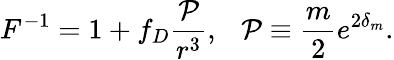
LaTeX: F^{-1}=1+f_{D}{\frac{\cal P}{r^{3}}},\ \ \ {\cal P}\equiv{\frac{m}{2}}e^{2\delta_{m}}.